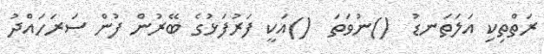
ރަތްތިކި އަލަތަނޑު  ()ނުވަތަ  ()އަކީ ފަރުފަޅުގެ ބޭރުން ފުން ސަރަހައްދު